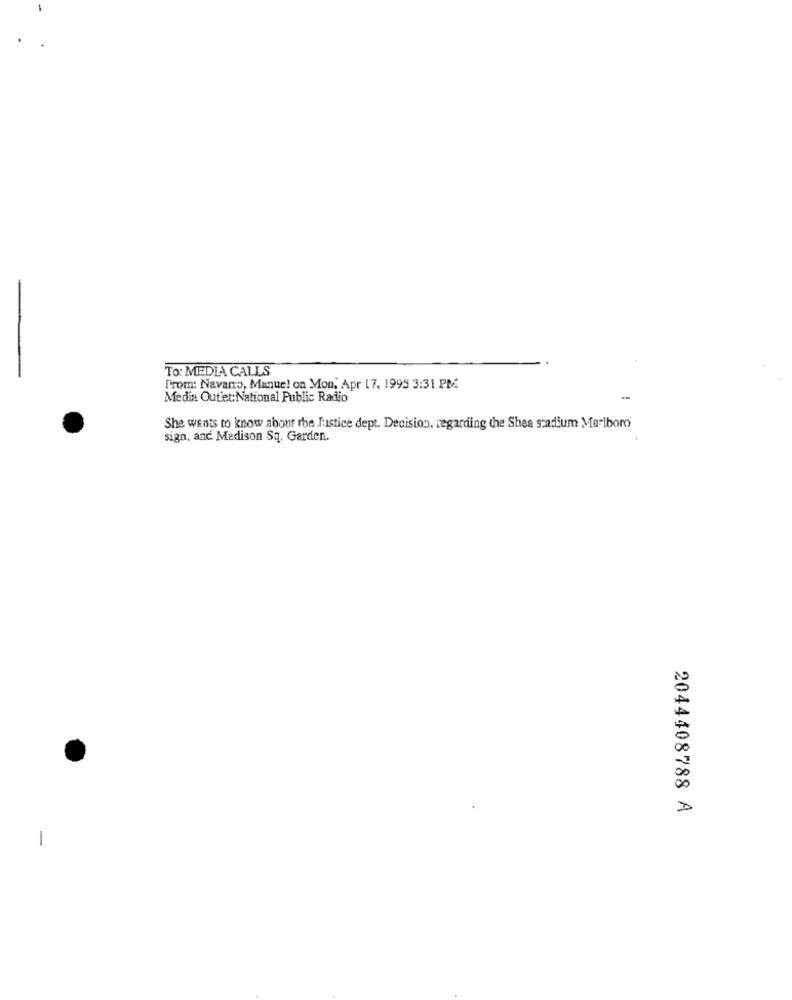
To: MEDIA CALLS
From: Navarro, Manue! on Mon, Apr 17, 1995 3:31 PM
Media Outet:National Public Radio
She wants to know about the Justice dept. Decision, regarding the Shea stadium Marlboro
sign, and Medison Sq. Garden.
2044408788 A
-